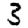
Digit: 3